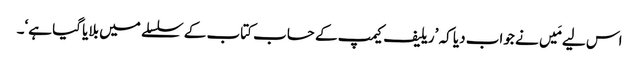
اس لیے مَیں نے جواب دیا کہ ’ریلیف کیمپ کے حساب کتاب کے سلسلے میں بلایا گیا ہے‘۔